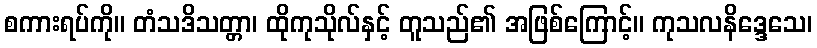
စကားရပ်ကို။ တံသဒိသတ္တာ၊ ထိုကုသိုလ်နှင့် တူသည်၏ အဖြစ်ကြောင့်။ ကုသလနိဒ္ဒေသေ၊